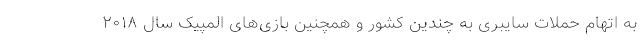
به اتهام حملات سایبری به چندین کشور و همچنین بازی‌های المپیک سال ۲۰۱۸